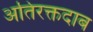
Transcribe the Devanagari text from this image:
अतिरक्तदाब